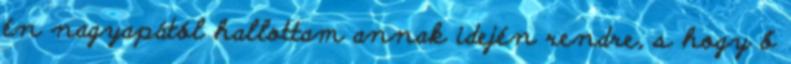
én nagyapától hallottam annak idején rendre, s hogy ő